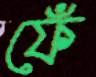
ফেঁ